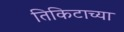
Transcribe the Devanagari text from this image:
तिकिटाच्या